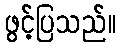
ဖွင့်ပြသည်။